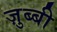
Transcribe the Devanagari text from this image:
ज़ुब्बी